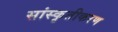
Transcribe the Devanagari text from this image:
सांस्कृतीकरण